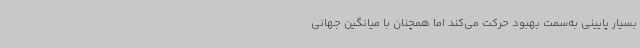
بسیار پایینی به‌سمت بهبود حرکت می‌کند اما همچنان با میانگین جهانی